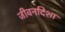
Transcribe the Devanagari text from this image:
जीवनदिशा